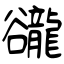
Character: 豅